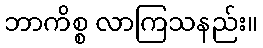
ဘာကိစ္စ လာကြသနည်း။